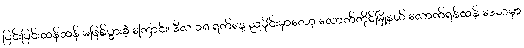
ပြင်းပြင်းထန်ထန် မဖြစ်ပွားခဲ့ ကြောင်း၊ ဒီလ ၁၈ ရက်နေ့ ညပိုင်းမှာတော့ လောက်ကိုင်မြို့နယ် လောက်ရှန်ထန် ဒေသမှာ